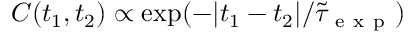
C ( t _ { 1 } , t _ { 2 } ) \propto \exp ( - | t _ { 1 } - t _ { 2 } | / \tilde { \tau } _ { \mathrm { ~ e ~ x ~ p ~ } } )